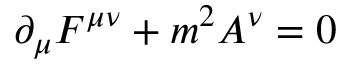
\partial _ { \mu } F ^ { \mu \nu } + m ^ { 2 } A ^ { \nu } = 0